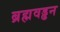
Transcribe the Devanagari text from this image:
ब्रह्मवड्ढन